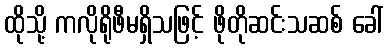
ထိုသို့ ကလိုရိုဖီမရှိသဖြင့် ဖိုတိုဆင်းသဆစ် ခေါ်